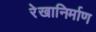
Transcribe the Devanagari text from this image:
रेखानिर्माण